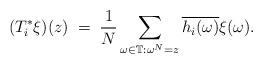
LaTeX: \begin{align*}(T_i^{\ast}\xi)(z)\;=\;\frac{1}{N}\sum_{\omega\in \mathbb T: \omega^N=z}\overline{h_i(\omega)}\xi(\omega).\end{align*}